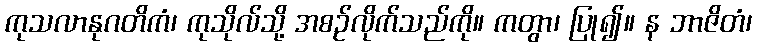
ကုသလာနုဂတိကံ၊ ကုသိုလ်သို့ အစဉ်လိုက်သည်ကို။ ကတွာ၊ ပြု၍။ န ဘာဇိတံ၊